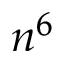
n ^ { 6 }